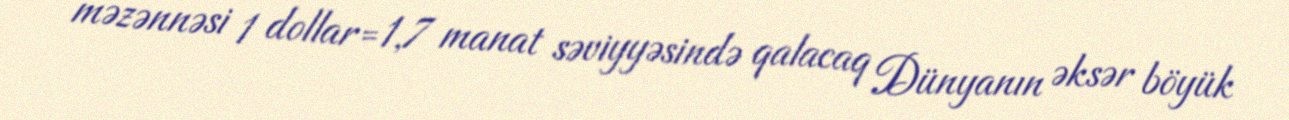
məzənnəsi 1 dollar=1,7 manat səviyyəsində qalacaq Dünyanın əksər böyük